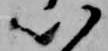
以